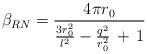
LaTeX: \begin{align*}\beta_{RN} = \frac{4\pi r_{0}}{\frac{3r_{0}^{2}}{l^{2}} - \frac{q^{2}}{r_{0}^{2}}\,+\, 1}\end{align*}